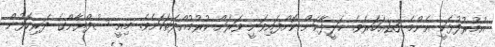
އުމުރުފުޅަކީ އެންމެ 23އަހަރެވެ. ޚަލީފާކަން ކޮށްފައިވަނީ ވަރަށް ކުރުމުއްދަތަކަށެވެ. މިއީ ސުފްޔާންގެ ދަރިކޮޅުން